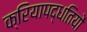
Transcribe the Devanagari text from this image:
क्रियापद्धतियों